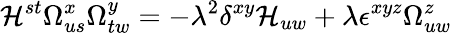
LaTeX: \mathcal{H}^{st}\Omega_{us}^{x}\Omega_{tw}^{y}=-\lambda^{2}\delta^{xy}\mathcal{H}_{uw}+\lambda\epsilon^{xyz}\Omega_{uw}^{z}